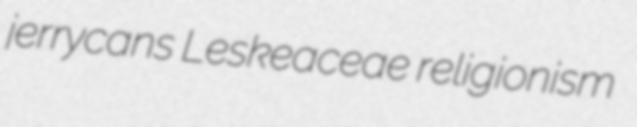
jerrycans Leskeaceae religionism